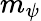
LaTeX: m_{\psi}